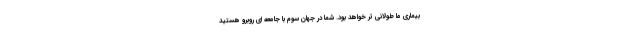
بیماری ما طولانی تر خواهد بود. شما در جهان سوم با جامعه ای روبرو هستید